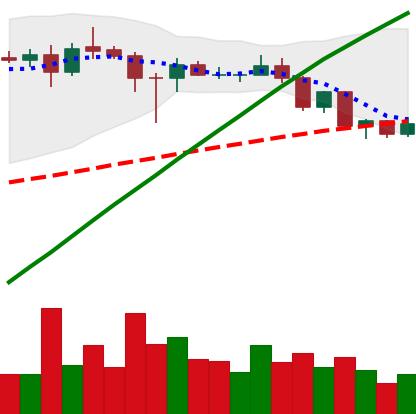
Ticker: ADA-USD
Chart end date: 2020-08-24
Forward return: -6.246%
Label: down_5_7